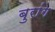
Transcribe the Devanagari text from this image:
बुरांग